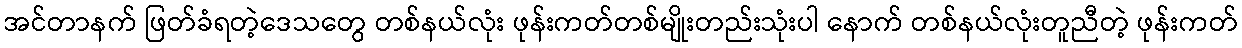
အင်တာနက် ဖြတ်ခံရတဲ့ဒေသတွေ တစ်နယ်လုံး ဖုန်းကတ်တစ်မျိုးတည်းသုံးပါ နောက် တစ်နယ်လုံးတူညီတဲ့ ဖုန်းကတ်